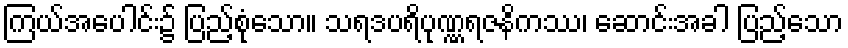
ကြယ်အပေါင်း၌ ပြည့်စုံသော။ သရဒပရိပုဏ္ဏရဇနိကဿ၊ ဆောင်းအခါ ပြည့်သော